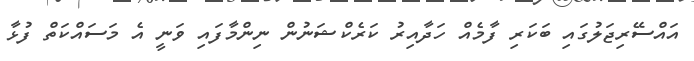
އައްސޭރިޖަލުގައި ބަކަރި ފާމެއް ހަދާއިރު ކަރެކްޝަނުން ނިންމާފައި ވަނީ އެ މަސައްކަތް ފުޅާ